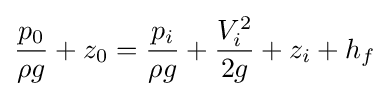
{\frac {p_{0}}{\rho g}}+z_{0}={\frac {p_{i}}{\rho g}}+{\frac {V_{i}^{2}}{2g}}+z_{i}+h_{f}